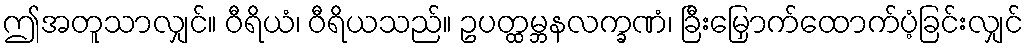
ဤအတူသာလျှင်။ ဝီရိယံ၊ ဝီရိယသည်။ ဥပတ္ထမ္ဘနလက္ခဏံ၊ ခြီးမြှောက်ထောက်ပံ့ခြင်းလျှင်